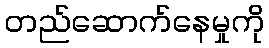
တည်ဆောက်နေမှုကို